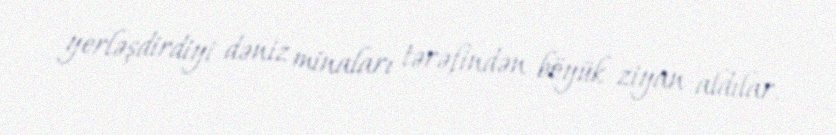
yerləşdirdiyi dəniz minaları tərəfindən böyük ziyan aldılar.